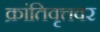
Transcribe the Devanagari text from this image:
क्रांतिवृत्तवर